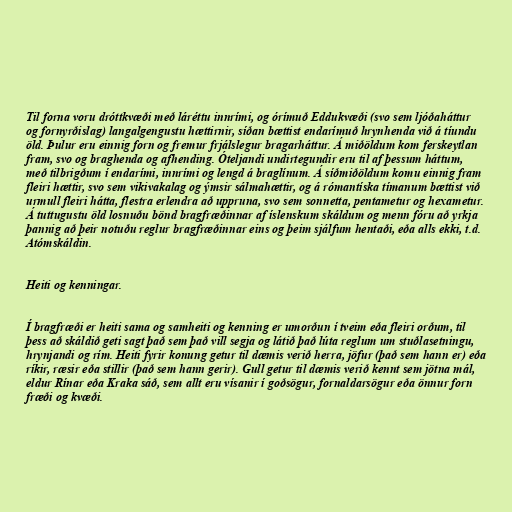
Til forna voru dróttkvæði með láréttu innrími, og órímuð Eddukvæði (svo sem ljóðaháttur
og fornyrðislag) langalgengustu hættirnir, síðan bættist endarímuð hrynhenda við á tíundu
öld. Þulur eru einnig forn og fremur frjálslegur bragarháttur. Á miðöldum kom ferskeytlan
fram, svo og braghenda og afhending. Óteljandi undirtegundir eru til af þessum háttum,
með tilbrigðum í endarími, innrími og lengd á braglínum. Á síðmiðöldum komu einnig fram
fleiri hættir, svo sem vikivakalag og ýmsir sálmahættir, og á rómantíska tímanum bættist við
urmull fleiri hátta, flestra erlendra að uppruna, svo sem sonnetta, pentametur og hexametur.
Á tuttugustu öld losnuðu bönd bragfræðinnar af íslenskum skáldum og menn fóru að yrkja
þannig að þeir notuðu reglur bragfræðinnar eins og þeim sjálfum hentaði, eða alls ekki, t.d.
Atómskáldin.

Heiti og kenningar.

Í bragfræði er heiti sama og samheiti og kenning er umorðun í tveim eða fleiri orðum, til
þess að skáldið geti sagt það sem það vill segja og látið það lúta reglum um stuðlasetningu,
hrynjandi og rím. Heiti fyrir konung getur til dæmis verið herra, jöfur (það sem hann er) eða
ríkir, ræsir eða stillir (það sem hann gerir). Gull getur til dæmis verið kennt sem jötna mál,
eldur Rínar eða Kraka sáð, sem allt eru vísanir í goðsögur, fornaldarsögur eða önnur forn
fræði og kvæði.